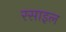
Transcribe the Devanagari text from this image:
रसाइल